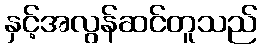
နှင့်အလွန်ဆင်တူသည်